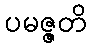
ပမဇ္ဇတိ